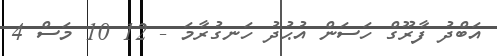
އަބްދު ފާރޫގް ހަސަން އުޙުދު ހަނގުރާމަ - 12 10 މަސް 4